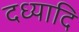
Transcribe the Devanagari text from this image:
दध्यादि